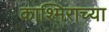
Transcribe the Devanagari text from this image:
काश्मिराच्या